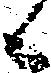
候